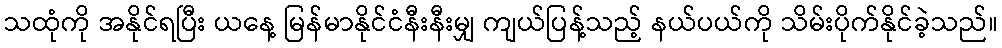
သထုံကို အနိုင်ရပြီး ယနေ့ မြန်မာနိုင်ငံနီးနီးမျှ ကျယ်ပြန့်သည့် နယ်ပယ်ကို သိမ်းပိုက်နိုင်ခဲ့သည်။